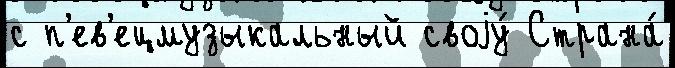
с п'ев'ецмузыкальный своjу́ Страна́